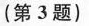
(第3题）